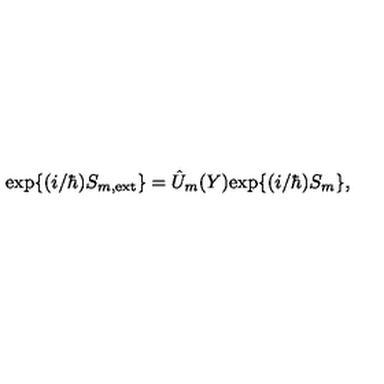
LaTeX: \mathrm { e x p } \{ ( i / \hbar ) S _ { m , \mathrm { e x t } } \} = \hat { U } _ { m } ( Y ) \mathrm { e x p } \{ ( i / \hbar ) S _ { m } \} ,